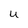
Character: U